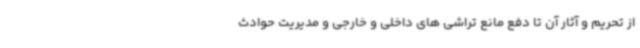
از تحریم و آثار آن تا دفع مانع تراشی های داخلی و خارجی و مدیریت حوادث